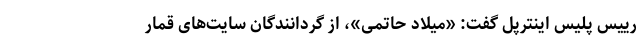
رییس پلیس اینترپل گفت: «میلاد حاتمی»، از گردانندگان سایت‌های قمار